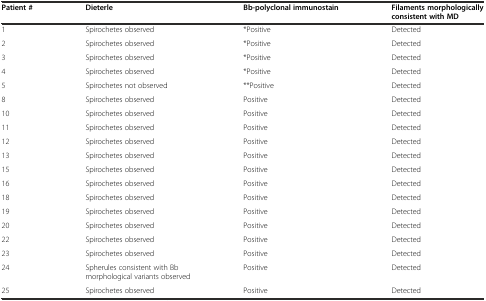
| Patient # | Dieterle | Bb-polyclonal immunostain | Filaments morphologically consistent with MD |
 | --- | --- | --- | --- |
 | 1 | Spirochetes observed | *Positive | Detected |
 | 2 | Spirochetes observed | *Positive | Detected |
 | 3 | Spirochetes observed | *Positive | Detected |
 | 4 | Spirochetes observed | *Positive | Detected |
 | 5 | Spirochetes not observed | **Positive | Detected |
 | 8 | Spirochetes observed | Positive | Detected |
 | 10 | Spirochetes observed | Positive | Detected |
 | 11 | Spirochetes observed | Positive | Detected |
 | 12 | Spirochetes observed | Positive | Detected |
 | 13 | Spirochetes observed | Positive | Detected |
 | 15 | Spirochetes observed | Positive | Detected |
 | 16 | Spirochetes observed | Positive | Detected |
 | 18 | Spirochetes observed | Positive | Detected |
 | 19 | Spirochetes observed | Positive | Detected |
 | 20 | Spirochetes observed | Positive | Detected |
 | 22 | Spirochetes observed | Positive | Detected |
 | 23 | Spirochetes observed | Positive | Detected |
 | 24 | Spherules consistent with Bb morphological variants observed | Positive | Detected |
 | 25 | Spirochetes observed | Positive | Detected |